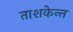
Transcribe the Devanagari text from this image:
ताशकेन्त